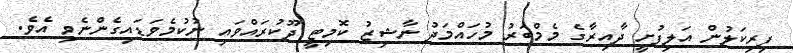
ފިރިކަލުން އަލިފުށީ ދާއިރާގެ މެމްބަރު މުހައްމަދު ނާޝިޒު ކޮމިޓީ ދޫކުރައްވައި ނުކުމެވަޑައިގެންނެވި އެވެ.